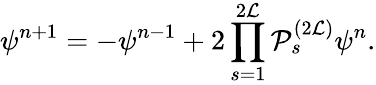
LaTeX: \psi^{n+1}=-\psi^{n-1}+2\prod_{s=1}^{2{\cal L}}{\cal P}_{s}^{(2{\cal L})}\psi^{n}.